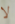
لا